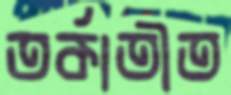
তর্কাতীত